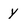
Character: y